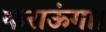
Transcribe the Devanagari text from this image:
कराऊंगा।